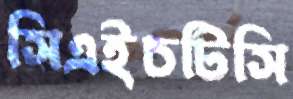
সিএইচটিসি